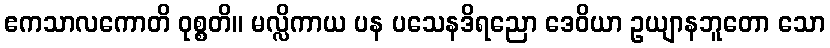
ဧကသာလကောတိ ဝုစ္စတိ။ မလ္လိကာယ ပန ပသေနဒိရညော ဒေဝိယာ ဥယျာနဘူတော သော